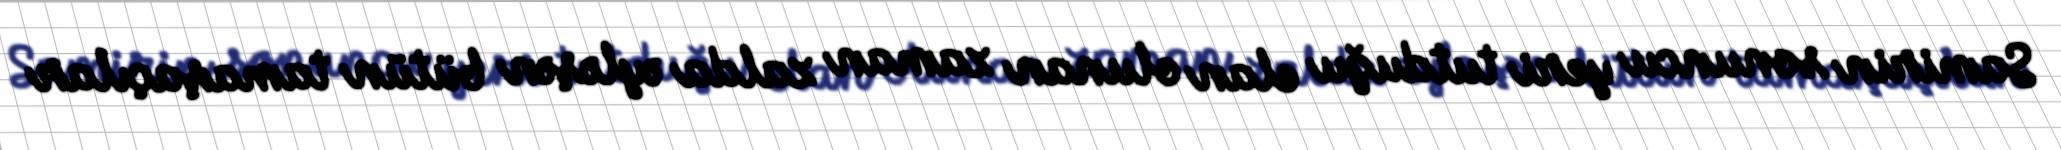
Samirin sonuncu yeri tutduğu elan olunan zaman zalda əyləşən bütün tamaşaçılar